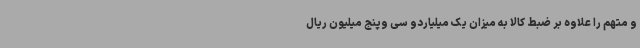
و متهم را علاوه بر ضبط کالا به میزان یک میلیاردو سی وپنج میلیون ریال